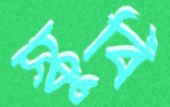
স্কুবি